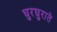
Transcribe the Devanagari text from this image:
घुरघुराते